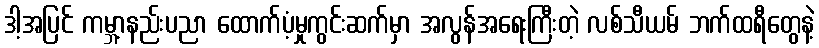
ဒါ့အပြင် ကမ္ဘာ့နည်းပညာ ထောက်ပံ့မှုကွင်းဆက်မှာ အလွန်အရေးကြီးတဲ့ လစ်သီယမ် ဘက်ထရီတွေနဲ့